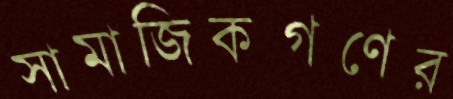
সামাজিকগণের